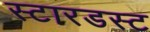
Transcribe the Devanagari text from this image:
स्‍टारडस्‍ट